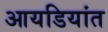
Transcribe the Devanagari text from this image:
आयडियांत